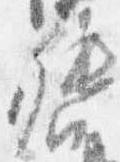
督